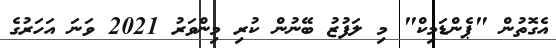
އެގޮތުން "ޕެންޑަމިކް" މި ލަފުޒު ބޭނުން ކުރި މިންވަރު 2021 ވަނަ އަހަރުގެ